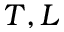
T , L